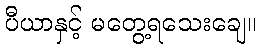
ပီယာနှင့် မတွေ့ရသေးချေ။